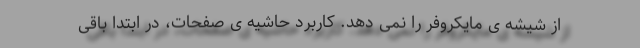
از شیشه ی مایکروفر را نمی دهد. کاربرد حاشیه ی صفحات، در ابتدا باقی